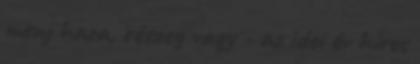
menj haza, részeg vagy - az idei év híres